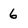
Character: 6